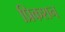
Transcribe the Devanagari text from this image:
प्रिकशन